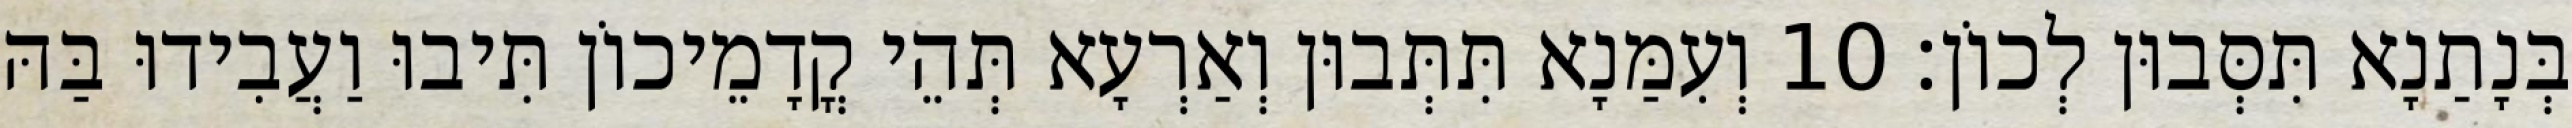
בְּנָתַנָא תִּסְּבוּן לְכוֹן׃ 10 וְעִמַּנָא תִּתְּבוּן וְאַרְעָא תְּהֵי קֳדָמֵיכוֹן תִּיבוּ וַעֲבִידוּ בַּהּ